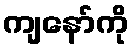
ကျနော်ကို